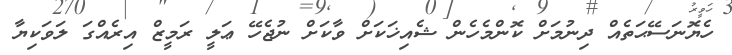
ހެޔޮނަސޭޙަތެއް ދިނުމަށް ކޮންމެހެން ޝެއިޚަކަށް ވާކަށް ނުޖެހޭ ޢަލީ ރަމީޒް އިރެއްގަ ލަވަކިޔާ